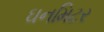
ઘનમિટર